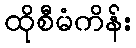
ထိုစီမံကိန်း